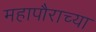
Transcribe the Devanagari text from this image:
महापौराच्या